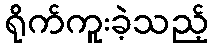
ရိုက်ကူးခဲ့သည့်